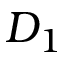
D _ { 1 }